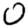
Digit: 0